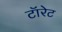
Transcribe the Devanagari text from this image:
टॉरेट